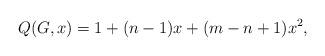
LaTeX: \begin{align*}Q(G,x) = 1 + (n-1)x + (m - n +1 )x^2,\end{align*}